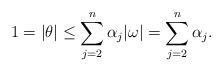
LaTeX: \begin{align*} 1=\vert \theta \vert \leq \sum_{j=2}^{n}\alpha_j\vert \omega\vert=\sum_{j=2}^n\alpha_j. \end{align*}